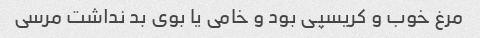
مرغ خوب و کریسپی بود و خامی یا بوی بد نداشت مرسی